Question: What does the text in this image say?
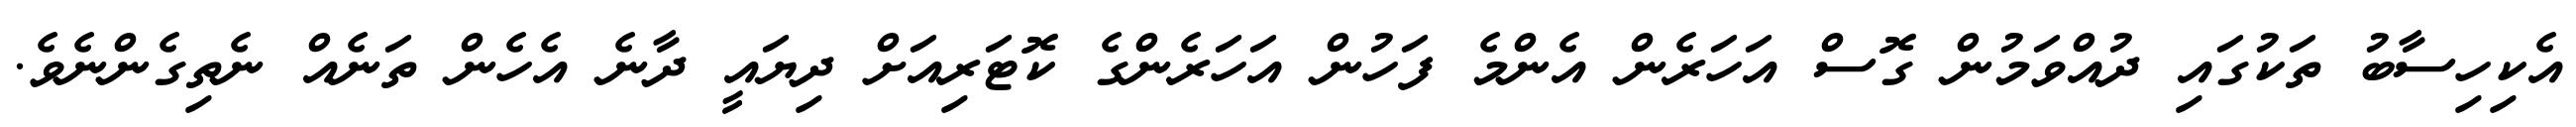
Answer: އެކިހިސާބު ތަކުގައި ދުއްވަމުން ގޮސް އަހަރެން އެންމެ ފަހުން އަހަރެންގެ ކޮޓަރިއަށް ދިޔައީ ދާނެ އެހެން ތަނެއް ނެތިގެންނެވެ.